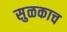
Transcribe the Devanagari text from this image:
सुळकाच